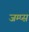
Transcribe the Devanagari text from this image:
जम्प्स